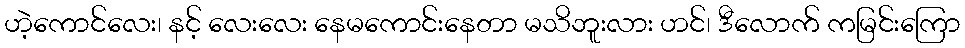
ဟဲ့ကောင်လေး၊ နင့် လေးလေး နေမကောင်းနေတာ မသိဘူးလား ဟင်၊ ဒီလောက် ကမြင်းကြော